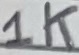
Text: 1K